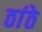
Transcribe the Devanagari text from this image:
ठांठे